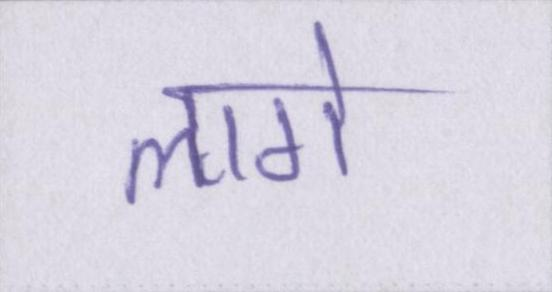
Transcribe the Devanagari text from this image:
लागे